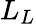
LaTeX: L_{L}